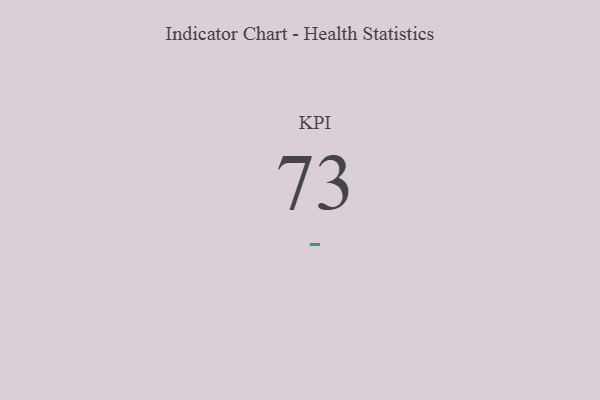
{"axis": {"x": "KPI", "y": "Value"}, "legend": [""], "data": [{"x": "KPI", "y": 73, "type": ""}]}